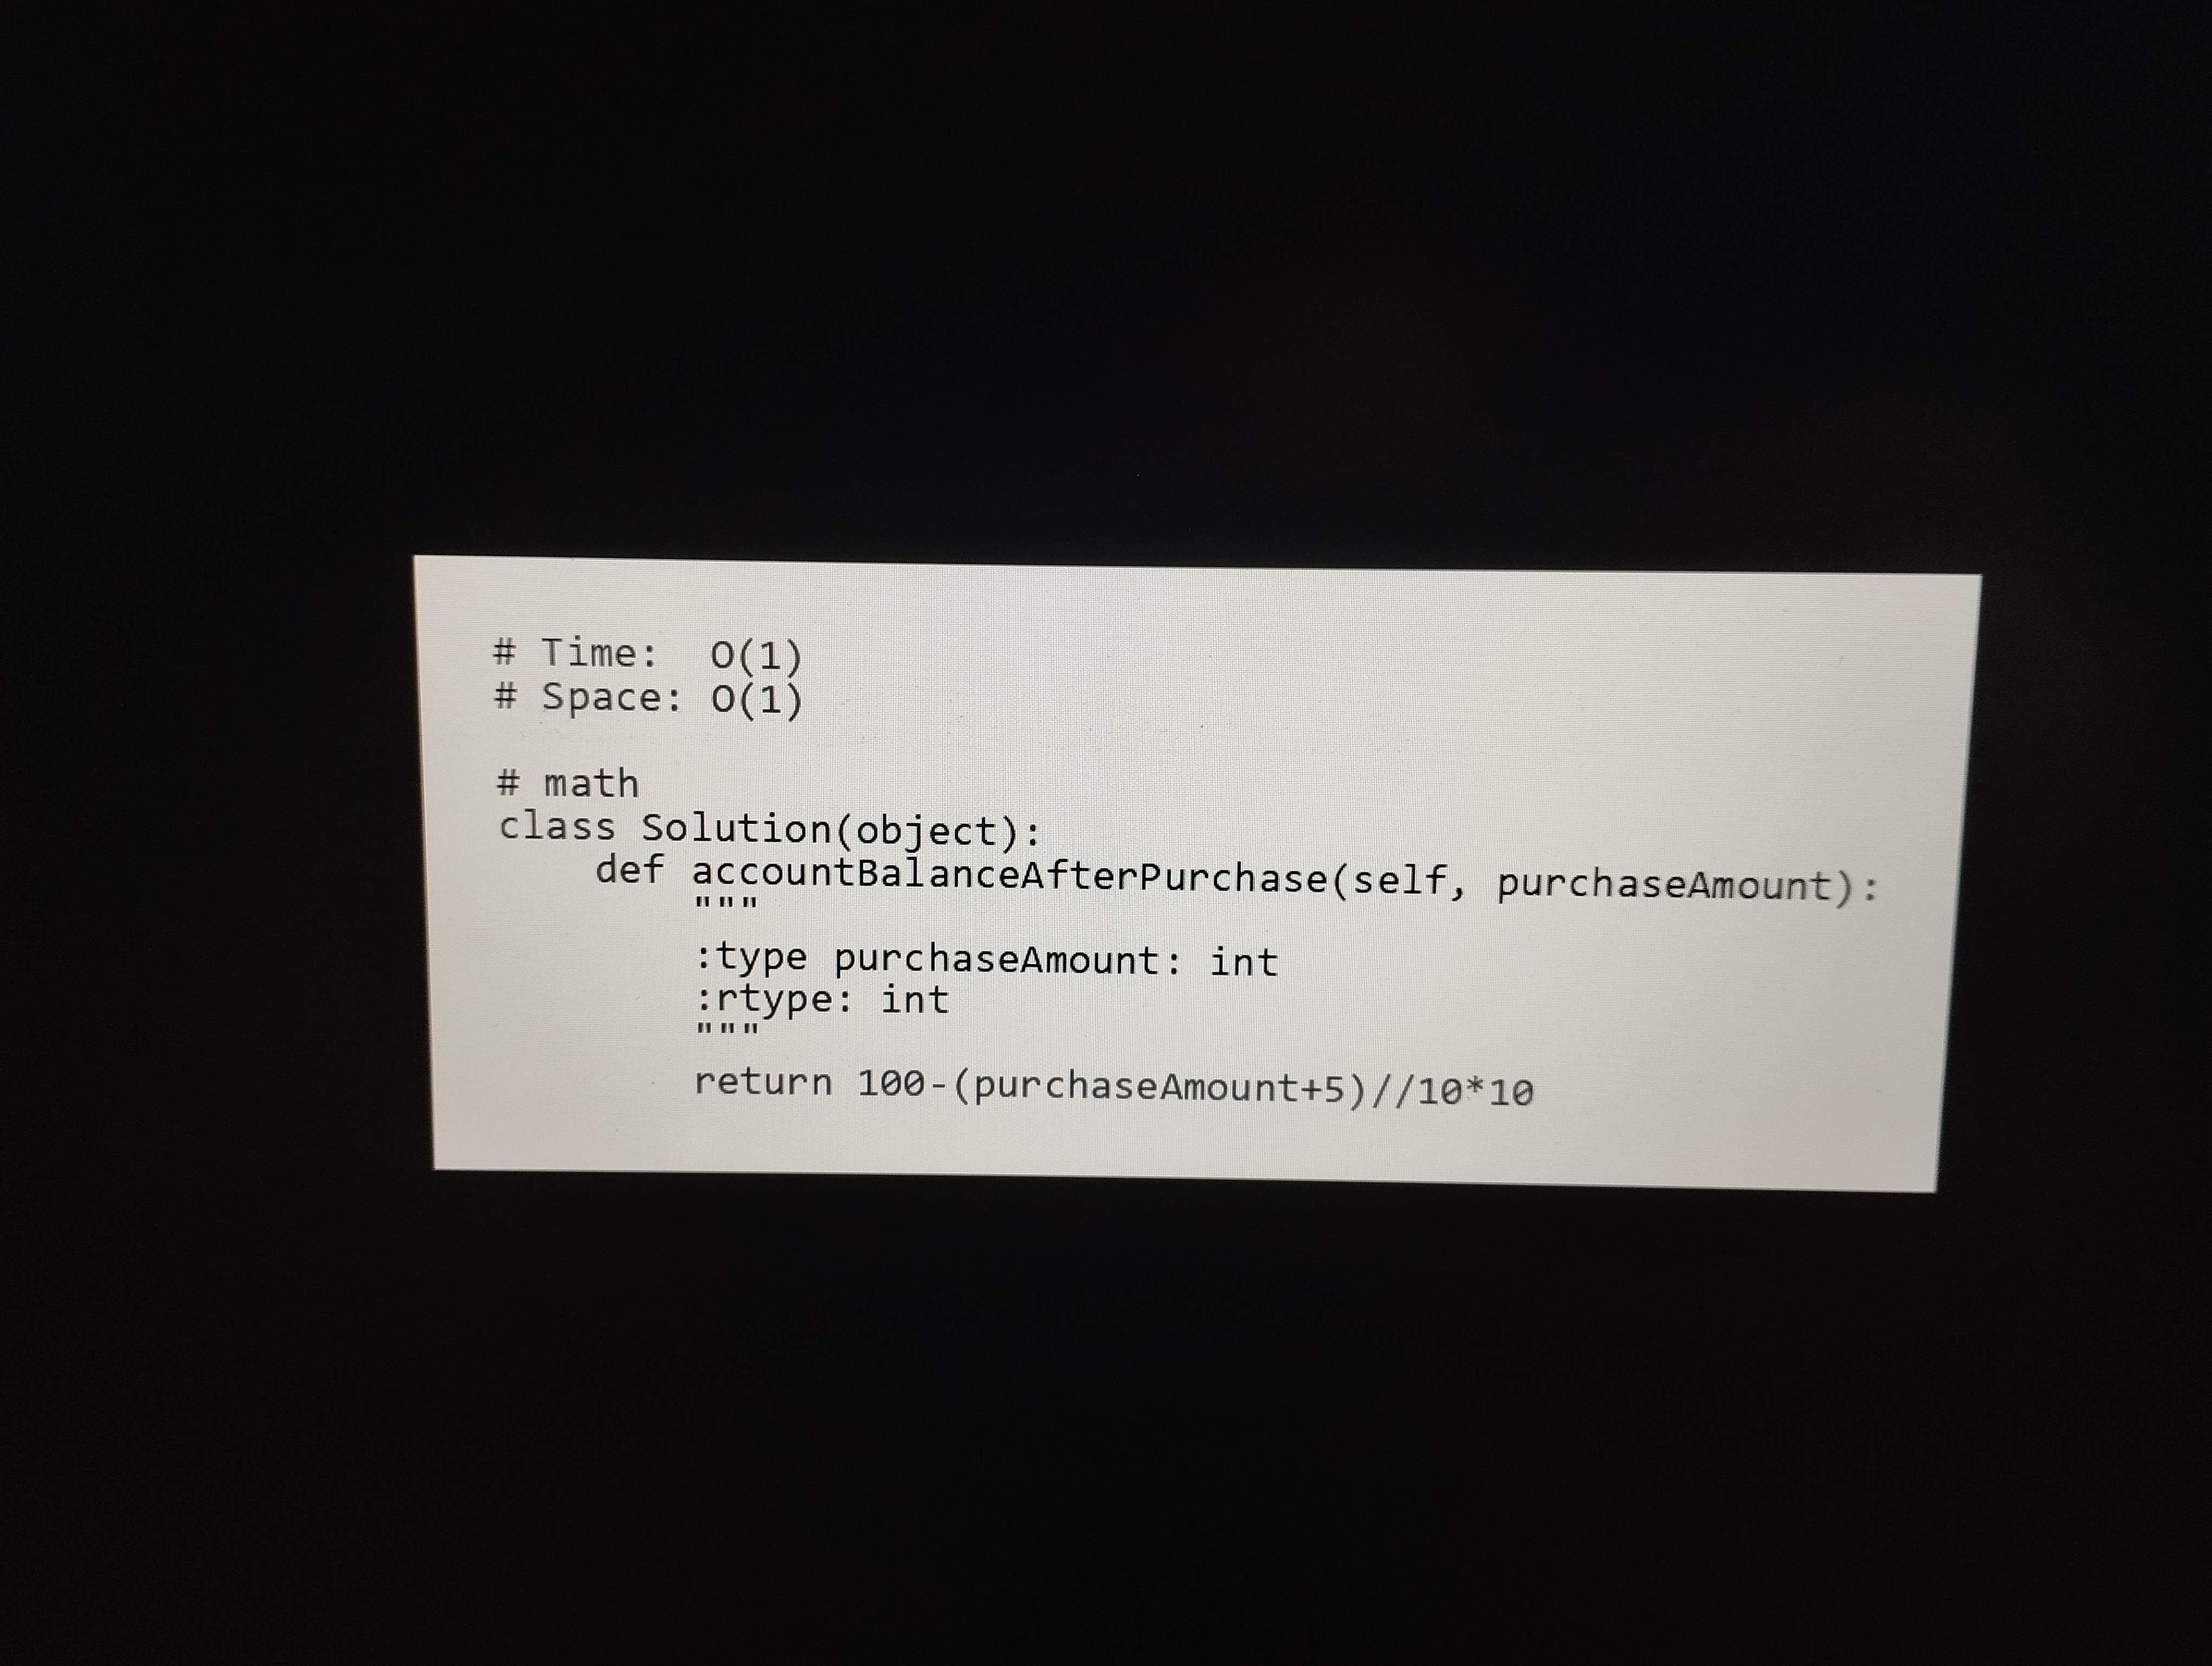
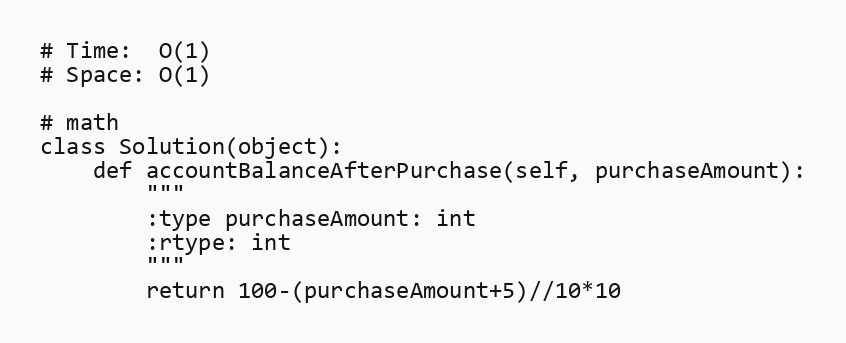
# Time:  O(1)
# Space: O(1)

# math
class Solution(object):
    def accountBalanceAfterPurchase(self, purchaseAmount):
        """
        :type purchaseAmount: int
        :rtype: int
        """
        return 100-(purchaseAmount+5)//10*10